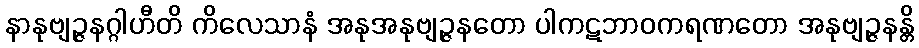
နာနုဗျဉ္ဇနဂ္ဂါဟီတိ ကိလေသာနံ အနုအနုဗျဉ္ဇနတော ပါကဋဘာဝကရဏတော အနုဗျဉ္ဇနန္တိ